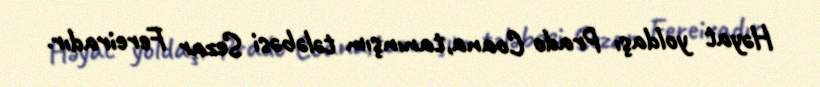
Həyat yoldaşı Prado Coana,tanınşım tələbəsi Sezar Fereiradır.